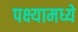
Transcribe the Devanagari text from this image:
पक्ष्यामध्ये